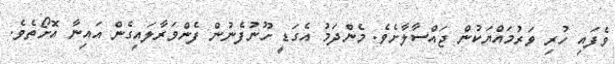
ވެފައި ހުރި ވަރުމައްޔަކުން ޖައްސާލާށެވެ. މެންދަމު އެގަޑީ ހޫނުފެނުން ފެންވަރާލައިގެން އައިނާ އޮށޯތެވެ.